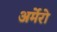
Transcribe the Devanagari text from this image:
अर्मेरो